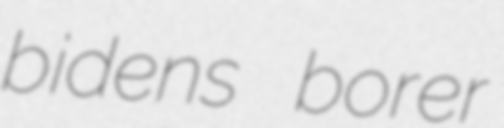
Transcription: bidens borer